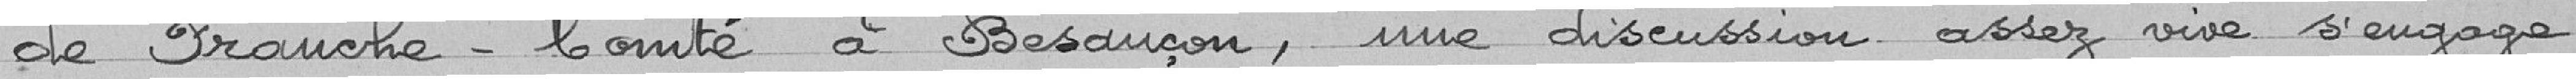
de Franche-Comté à Besançon, une discussion assez vive s'engage